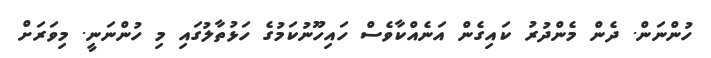
ހުންނަން. ދެން މެންދުރު ކައިގެން އަނެއްކާވެސް ހައިހޫނުކަމުގެ ހަޅުތާލުގައި މި ހުންނަނީ. މިވަރަށް